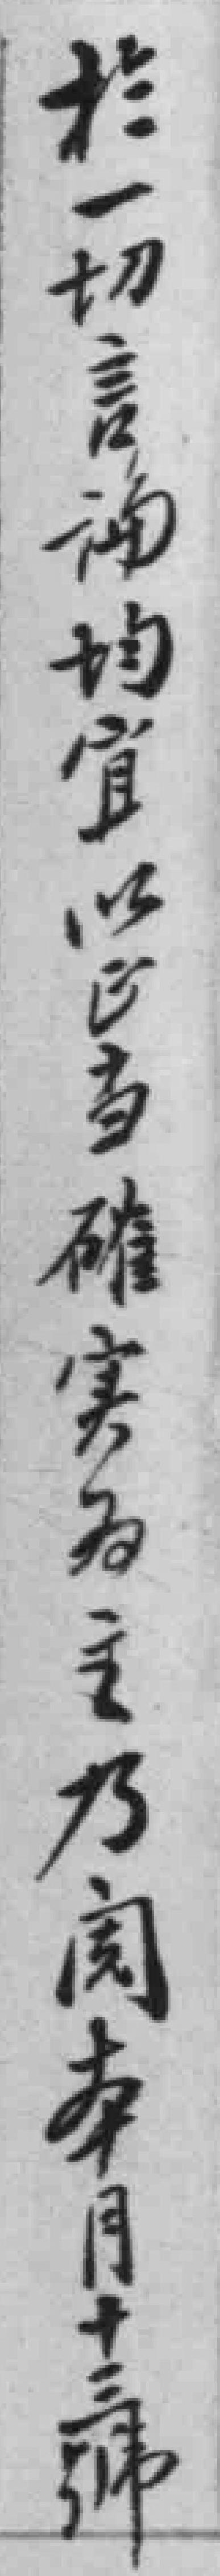
於一切言論均宜以正當確實為主乃閱本月十三號